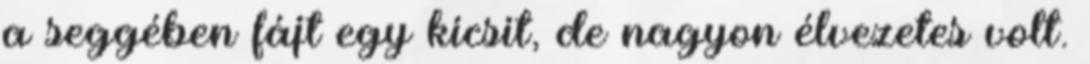
a seggében fájt egy kicsit, de nagyon élvezetes volt.